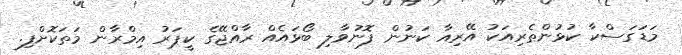
މަޑަގަސްކާ ކުޅުންތެރިއަކު އޭރިއާ ކަނުން ފޮނުވާލި ބޯޅައެއް ރާއްޖޭގެ ކީޕަރު އިމްރާން މަތަކޮށްފި.